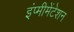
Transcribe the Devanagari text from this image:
इंप्मीमेंटेशन